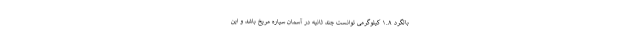
بالگرد ۱.۸ کیلوگرمی توانست چند ثانیه در آسمان سیاره مریخ باشد و این